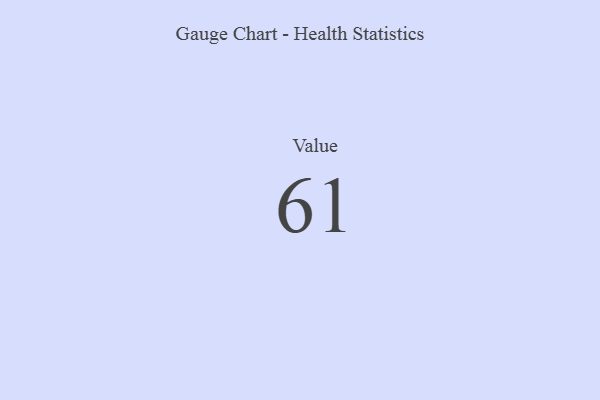
{"axis": {"x": "Metric", "y": "Value"}, "legend": [""], "data": [{"x": "Value", "y": 61, "type": ""}]}